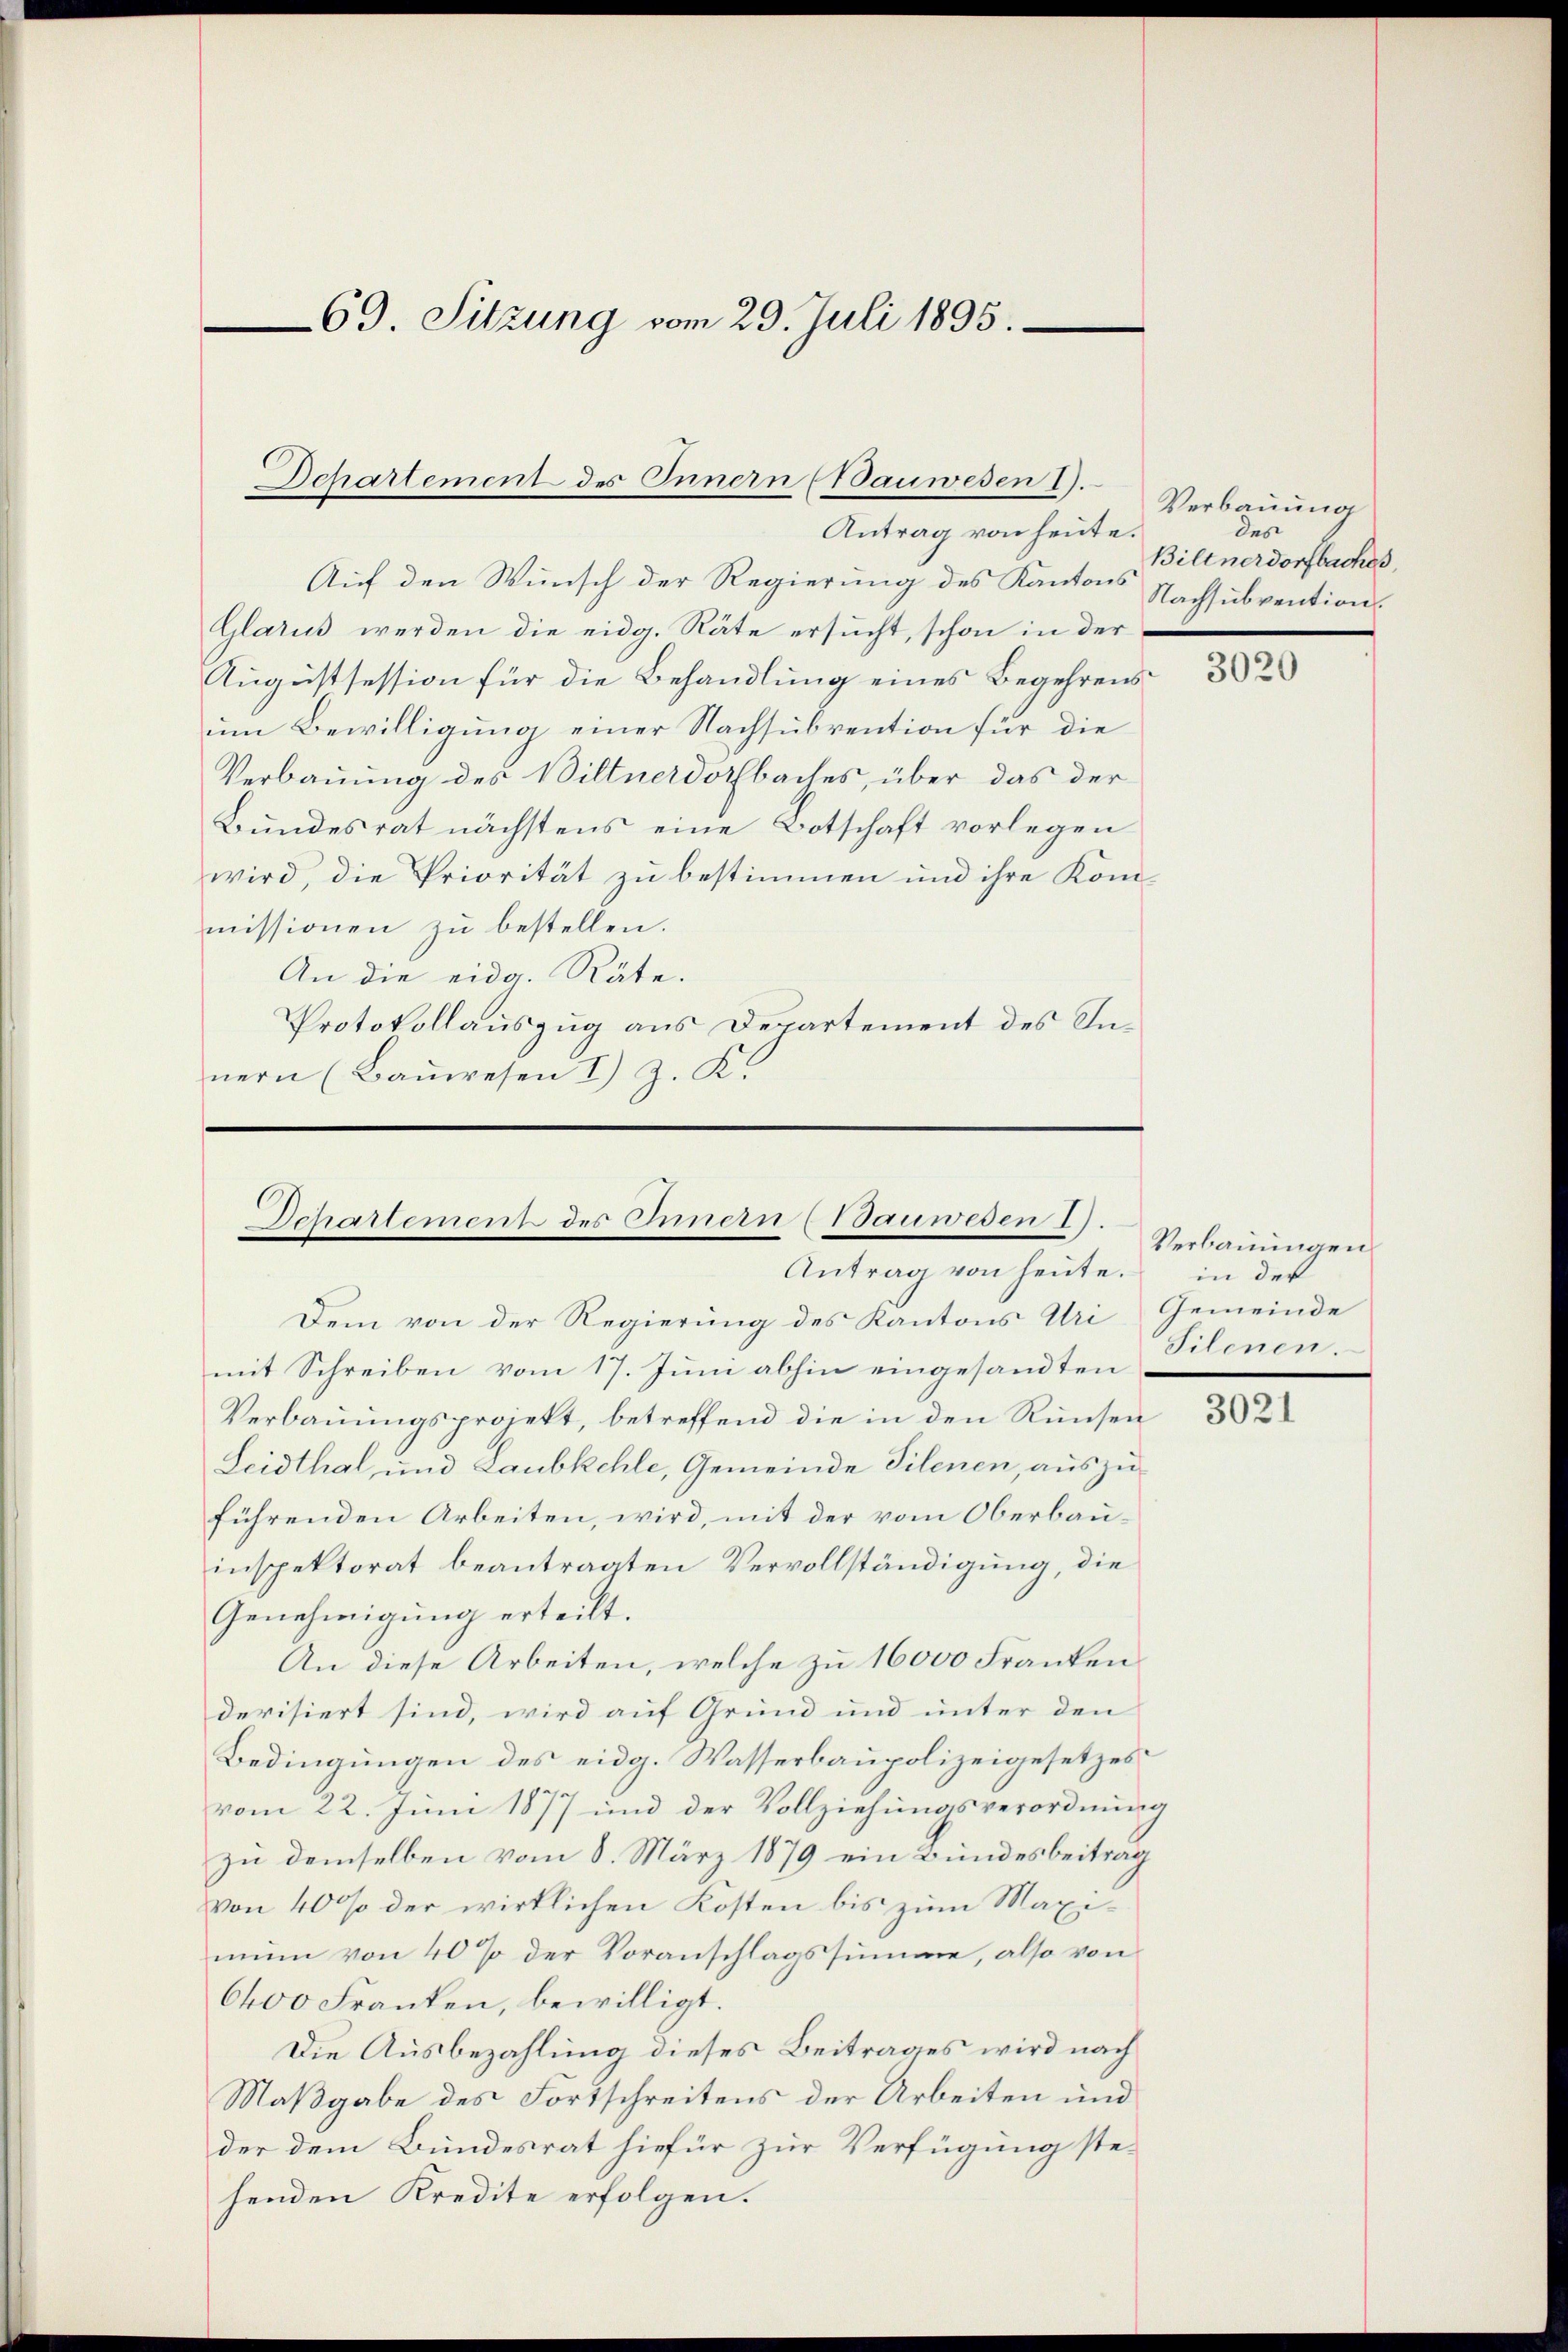
69. Sitzung vom 29. Juli 1895.

Departement des Innern (Bauwesen 1).

Antrag von heute.
Auf den Wunsch der Regierung des Kantons Nachsubvention
Glarus werden die eidg. Räte ersucht, schon in der
Augustsession für die Behandlung eines Begehrens
um Bewilligung einer Nachsubvention für die
Verbauung des Biltnerdorfbaches, über das der
Bundesrat nächstens eine Botschaft vorlegen
wird, die Priorität zu bestimmen und ihre Kommissionen zu bestellen.
An die eidg. Räte.
Protokollauszug aus Departement des Innern (Bauwesen I) z. K.

Departement des Innern & Tauwesen 1).
Antrag von heute.

Dem von der Regierung des Kantons Uri Gemeinde
mit Schreiben vom 17. Juni abhin eingesandten
Verbauungsprojekt, betreffend die in den Runsen
Leidthal und Laubkehle, Gemeinde Tilenen, auszuführenden Arbeiten, wird, mit der vom Oberbauinspektorat beantragten Vervollständigung, die
Genehmigung erteilt.
An diese Arbeiten, welche zu 16000 Franken
derisiert sind, wird auf Grund und unter den
Bedingungen des eidg. Wasserbaupolizeigesetzes
vom 22. Juni 1877 und der Vollziehungsverordnung
zu demselben vom 8. März 1879 ein Bundesbeitrag
von 400 der wirklichen Kosten bis zum Maximun von 40% der Voranschlagssumme, also von
6400 Franken, bewilligt.
Die Ausbezahlung dieses Beitrages wird nach
Maßgabe des Fortschreitens der Arbeiten und
der dem Bundesrat hiefür zur Verfügung stehenden Kredite erfolgen.

Verbauung
des
Biltnerdorfbaches,

3020

Verbauungen
in der
Silcnen.

3021